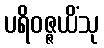
ပရိဝဇ္ဇယိံသု